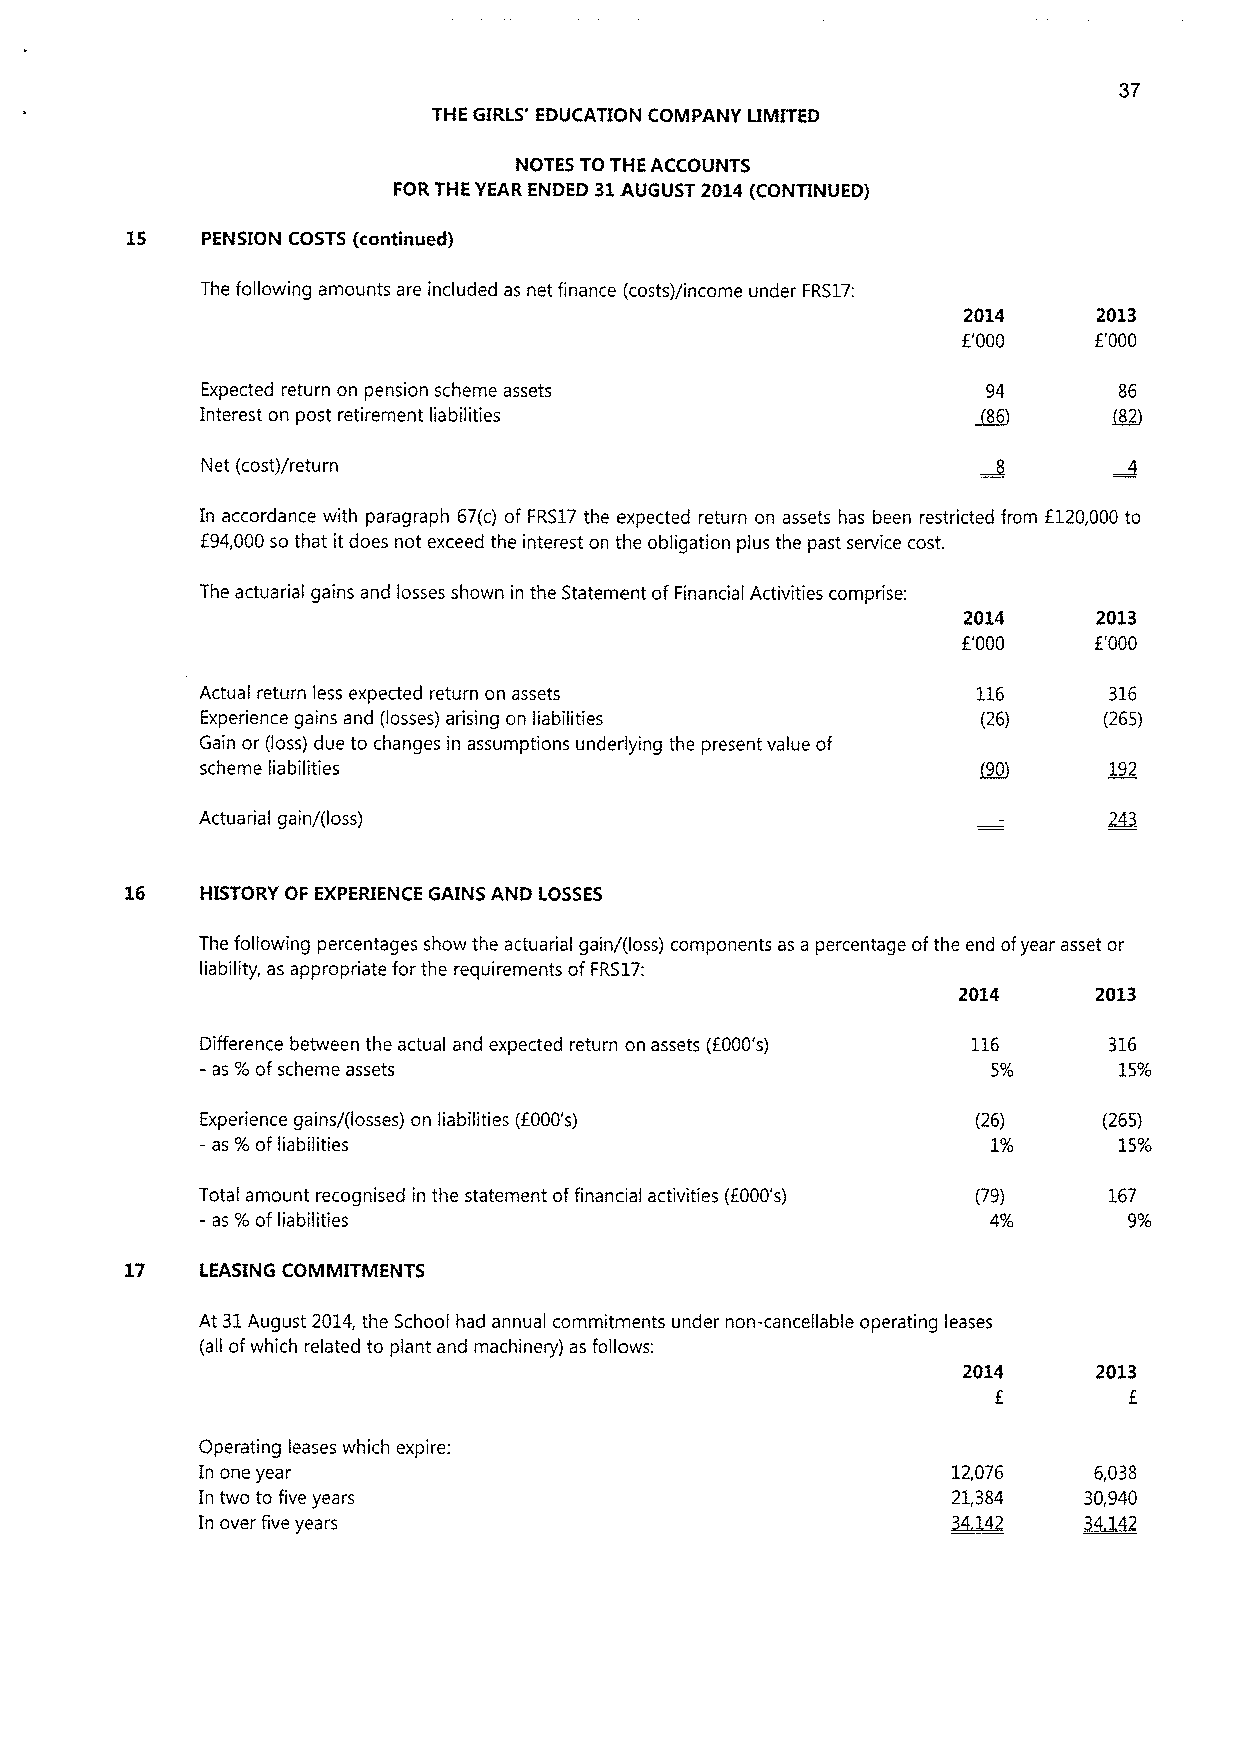
THE GIRLS' EDUCATION COMPANY LIMITED
 NOTES TOTHE ACCOUNTS
 FOR THE YEAR ENDED 31AUGUST 2014(CONTINUED)
 15   PENSION COSTS (continued)
 The following amounts are included as net finance (costs)/income under FRS17:
 2014     2013
 E'000   E'000
 Expected return on pension scheme assets            94       86
 Interest on post retirement liabilities            ~86       ~82
 Net (cost)/return
 In accordance with paragraph 67(c) of FRS17the expected return on assets has been restricted from E120,000 to
 f94,000so that it does not exceed the interest on the obligation plus the past service cost.
 The actuarial gains and losses shown in the Statement ofFinancial Activities comprise:
 2014     2013
 E'000   E'000
 Actual return less expected return on assets        116     316
 Experience gains and (losses) arising on liabilities (26)   (265)
 Gain or (loss) due to changes in assumptions underlying the present value of
 scheme liabilities                                  ~90     192
 Actuarial gain/(loss)
 16   HISTORY OF EXPERIENCE GAINS AND LOSSES
 The following percentages show the actuarial gain/(loss) components as a percentage ofthe end ofyear asset or
 liability, as appropriate for the requirements of FRS17:
 2014     2013
 Difference between the actual and expected return on assets (E000's) 116 316
 -as% ofscheme assets                                 5%      15%
 Experience gains/(losses) on liabilities (f000's)   (26)    (265)
 - as %ofliabilities                                  1%      15%
 Total amount recognised in the statement offinancial activities (E000's) (79) 167
 - as %of liabilities                                 4%       9%
 17   LEASING COMMITMENTS
 At 31August 2014,the School had annual commitments under non-cancellable operating leases
 (all ofwhich related to plant and machinery) as follows:
 2014    2013
 E
 Operating leases which expire:
 In one year                                       12,076   6,038
 In two to five years                              21,384   30,940
 In over five years